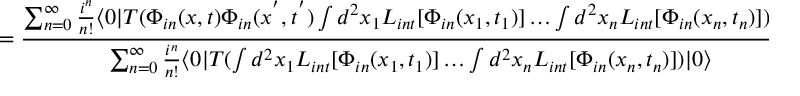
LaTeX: = \frac { \sum _ { n = 0 } ^ { \infty } \frac { i ^ { n } } { n ! } \langle 0 | T ( \Phi _ { i n } ( x , t ) \Phi _ { i n } ( x ^ { ' } , t ^ { ' } ) \int d ^ { 2 } x _ { 1 } { \cal L } _ { i n t } [ \Phi _ { i n } ( x _ { 1 } , t _ { 1 } ) ] \dots \int d ^ { 2 } x _ { n } { \cal L } _ { i n t } [ \Phi _ { i n } ( x _ { n } , t _ { n } ) ] ) | 0 \rangle } { \sum _ { n = 0 } ^ { \infty } \frac { i ^ { n } } { n ! } \langle 0 | T ( \int d ^ { 2 } x _ { 1 } { \cal L } _ { i n t } [ \Phi _ { i n } ( x _ { 1 } , t _ { 1 } ) ] \dots \int d ^ { 2 } x _ { n } { \cal L } _ { i n t } [ \Phi _ { i n } ( x _ { n } , t _ { n } ) ] ) | 0 \rangle } \quad .